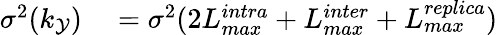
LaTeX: \begin{array}{rl}{\sigma^{2}(k_{\mathcal{Y}})}&{{}=\sigma^{2}(2L_{max}^{intra}+L_{max}^{inter}+L_{max}^{replica})}\end{array}